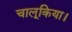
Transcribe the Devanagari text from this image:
चालूकिया।